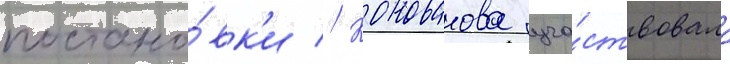
постано́вк'и // Коновалова уча́ствовала